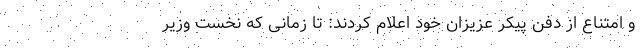
و امتناع از دفن پیکر عزیزان خود اعلام کردند: تا زمانی که نخست وزیر